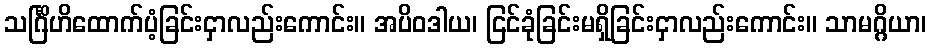
သင်္ဂြိဟိထောက်ပံ့ခြင်းငှာလည်းကောင်း။ အပိဝဒါယ၊ ငြင်ခုံခြင်းမရှိခြင်းငှာလည်းကောင်း။ သာမဂ္ဂိယာ၊